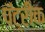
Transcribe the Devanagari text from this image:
पॅट्रीक